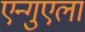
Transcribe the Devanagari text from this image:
एन्गुएला